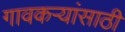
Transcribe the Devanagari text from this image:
गावकऱ्यांसाठी